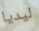
ليديا